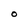
Character: O